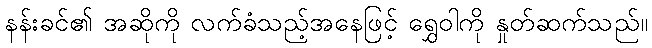
နန်းခင်၏ အဆိုကို လက်ခံသည့်အနေဖြင့် ရွှေဝါကို နှုတ်ဆက်သည်။